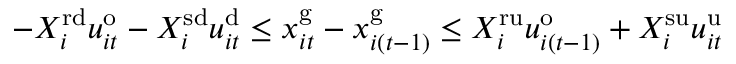
\begin{array} { r l } & { - X _ { i } ^ { \mathrm { r d } } u _ { i t } ^ { \mathrm { o } } - X _ { i } ^ { \mathrm { s d } } u _ { i t } ^ { \mathrm { d } } \leq x _ { i t } ^ { \mathrm { g } } - x _ { i \left( t - 1 \right) } ^ { \mathrm { g } } \leq X _ { i } ^ { \mathrm { r u } } u _ { i ( t - 1 ) } ^ { \mathrm { o } } + X _ { i } ^ { \mathrm { s u } } u _ { i t } ^ { \mathrm { u } } } \end{array}